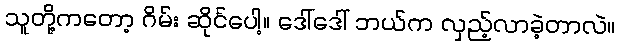
သူတို့ကတော့ ဂိမ်း ဆိုင်ပေါ့။ ဒေါ်ဒေါ် ဘယ်က လှည့်လာခဲ့တာလဲ။